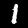
Label: 1